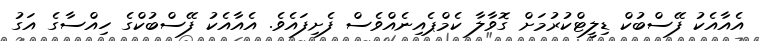
އެއާއެކު ފޭސްބުކް ޑިލީޓްކުރުމަށް ގޮވާލާ ކެމްޕެއިނެއްވެސް ފެށިފައެވެ. އެއާއެކު ފޭސްބުކްގެ ހިއްސާގެ އަގު